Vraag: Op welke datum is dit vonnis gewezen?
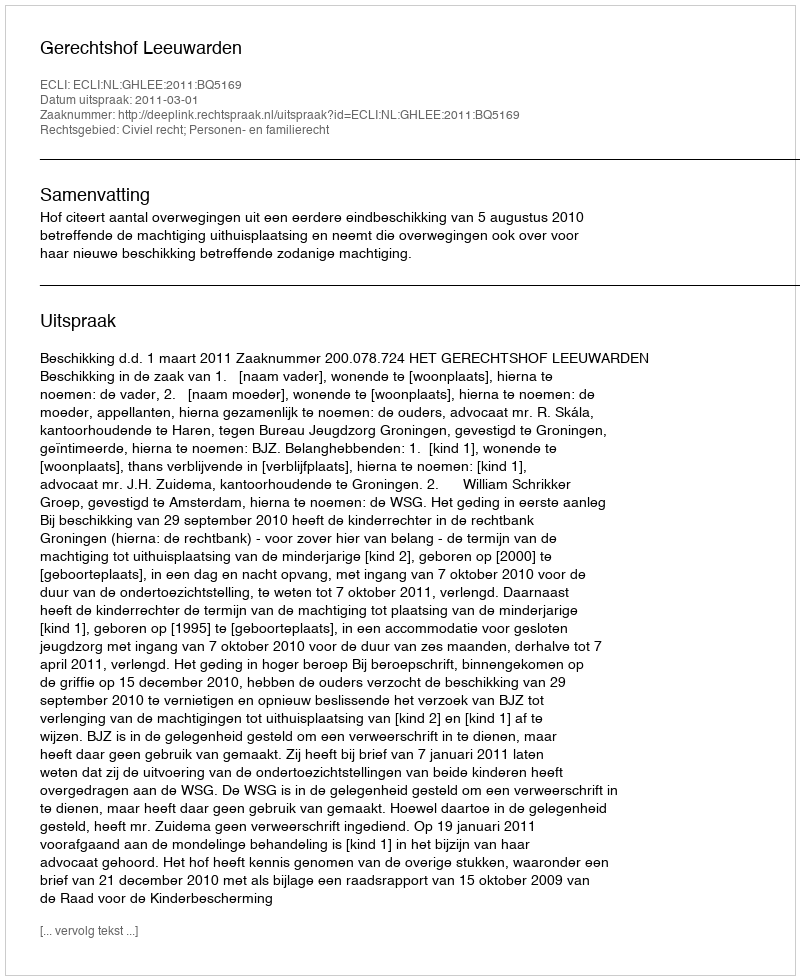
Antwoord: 2011-03-01